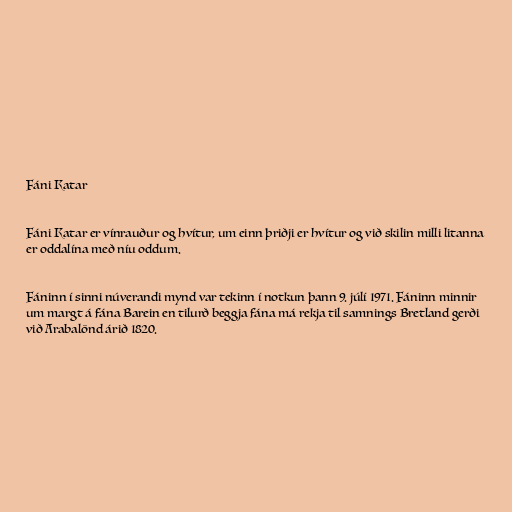
Fáni Katar

Fáni Katar er vínrauður og hvítur, um einn þriðji er hvítur og við skilin milli litanna
er oddalína með níu oddum.

Fáninn í sinni núverandi mynd var tekinn í notkun þann 9. júlí 1971. Fáninn minnir
um margt á fána Barein en tilurð beggja fána má rekja til samnings Bretland gerði
við Arabalönd árið 1820.